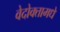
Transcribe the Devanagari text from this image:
वेदोक्तामधे